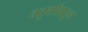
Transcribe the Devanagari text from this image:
चतुर्थांशाहून